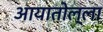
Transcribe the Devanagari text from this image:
आयातोल्ला